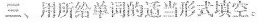
三、用所给单词的适当形式填空。